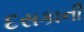
દસકાની